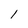
Character: 1